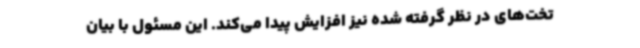
تخت‌های در نظر گرفته شده نیز افزایش پیدا می‌کند. این مسئول با بیان